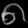
Digit: ၈